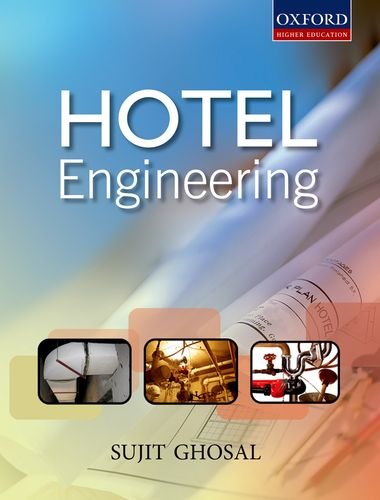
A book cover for Hotel Engineering (Oxford Higher Education); Sujit Ghosal; Business & Money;